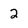
Character: 2